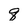
Character: q